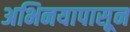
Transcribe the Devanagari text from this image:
अभिनयापासून